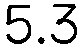
5.3